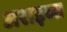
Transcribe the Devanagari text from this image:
अराइव्स